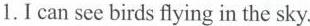
1.I can see birds flying in the sky.